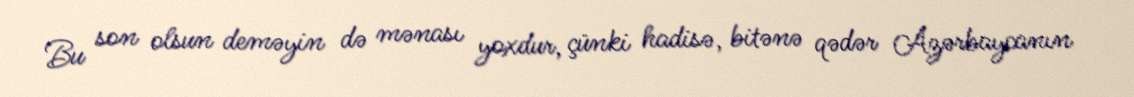
Bu son olsun deməyin də mənası yoxdur, çünki hadisə, bitənə qədər Azərbaycanın